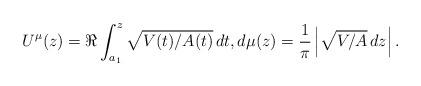
LaTeX: \begin{align*}U^\mu(z)=\Re\int_{a_1}^{z}\sqrt{{V(t)}/{A(t)}}\,dt,d\mu(z)=\frac{1}{\pi}\left|\sqrt{{V}/{A}}\,dz\right|.\end{align*}